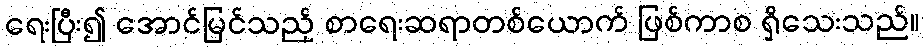
ရေးပြီး၍ အောင်မြင်သည့် စာရေးဆရာတစ်ယောက် ဖြစ်ကာစ ရှိသေးသည်။